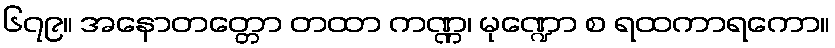
၆၇၉။ အနောတတ္တော တထာ ကဏ္ဏ၊ မုဏ္ဍော စ ရထကာရကော။